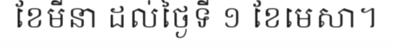
ខែមីនា ដល់ថ្ងៃទី ១ ខែមេសា។